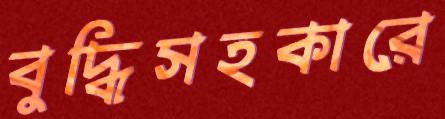
বুদ্ধিসহকারে